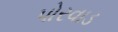
પોરવાડ